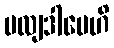
မလျဒါမေဟိ